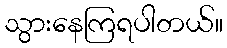
သွားနေကြရပါတယ်။